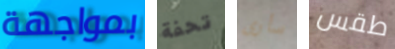
بمواجهة تحفة سأرى طقس